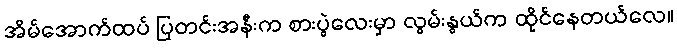
အိမ်အောက်ထပ် ပြတင်းအနီးက စားပွဲလေးမှာ လွမ်းနွယ်က ထိုင်နေတယ်လေ။